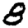
Digit: 8